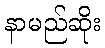
နာမည်ဆိုး